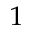
^ { 1 }